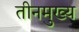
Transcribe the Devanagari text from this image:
तीनमुख्य